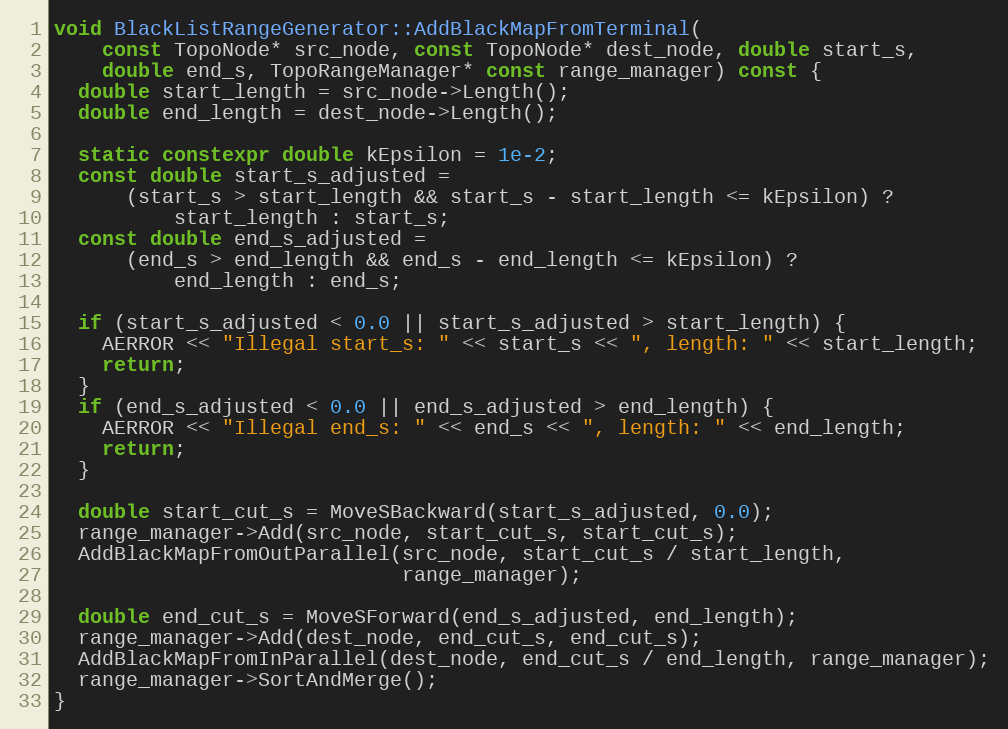
Language: C++
void BlackListRangeGenerator::AddBlackMapFromTerminal(
    const TopoNode* src_node, const TopoNode* dest_node, double start_s,
    double end_s, TopoRangeManager* const range_manager) const {
  double start_length = src_node->Length();
  double end_length = dest_node->Length();

  static constexpr double kEpsilon = 1e-2;
  const double start_s_adjusted =
      (start_s > start_length && start_s - start_length <= kEpsilon) ?
          start_length : start_s;
  const double end_s_adjusted =
      (end_s > end_length && end_s - end_length <= kEpsilon) ?
          end_length : end_s;

  if (start_s_adjusted < 0.0 || start_s_adjusted > start_length) {
    AERROR << "Illegal start_s: " << start_s << ", length: " << start_length;
    return;
  }
  if (end_s_adjusted < 0.0 || end_s_adjusted > end_length) {
    AERROR << "Illegal end_s: " << end_s << ", length: " << end_length;
    return;
  }

  double start_cut_s = MoveSBackward(start_s_adjusted, 0.0);
  range_manager->Add(src_node, start_cut_s, start_cut_s);
  AddBlackMapFromOutParallel(src_node, start_cut_s / start_length,
                             range_manager);

  double end_cut_s = MoveSForward(end_s_adjusted, end_length);
  range_manager->Add(dest_node, end_cut_s, end_cut_s);
  AddBlackMapFromInParallel(dest_node, end_cut_s / end_length, range_manager);
  range_manager->SortAndMerge();
}